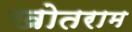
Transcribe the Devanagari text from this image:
खोतराम